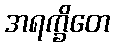
အရက္ခိတေ